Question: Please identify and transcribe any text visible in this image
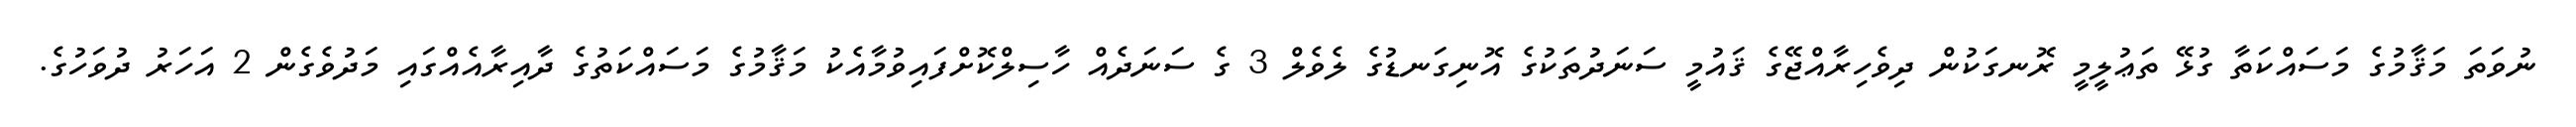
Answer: ނުވަތަ މަޤާމުގެ މަސައްކަތާ ގުޅޭ ތަޢުލީމީ ރޮނގަކުން ދިވެހިރާއްޖޭގެ ޤައުމީ ސަނަދުތަކުގެ އޮނިގަނޑުގެ ލެވެލް 3 ގެ ސަނަދެއް ހާސިލްކޮށްފައިވުމާއެކު މަޤާމުގެ މަސައްކަތުގެ ދާއިރާއެއްގައި މަދުވެގެން 2 އަހަރު ދުވަހުގެ.